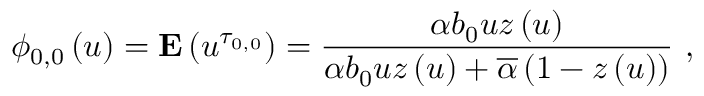
\phi _ { 0 , 0 } \left( u \right) = { \bf E } \left( u ^ { \tau _ { 0 , 0 } } \right) = \frac { \alpha b _ { 0 } u z \left( u \right) } { \alpha b _ { 0 } u z \left( u \right) + \overline { { \alpha } } \left( 1 - z \left( u \right) \right) } \mathrm { ~ , ~ }